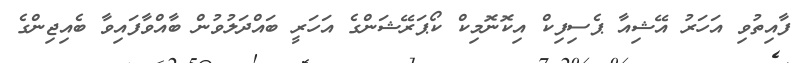
ފާއިތުވި އަހަރު އޭޝިއާ ޕެސިފިކް އިކޮނޮމިކް ކޯޕަރޭޝަންގެ އަހަރީ ބައްދަލުވުން ބާއްވާފައިވާ ބެއިޖިންގެ